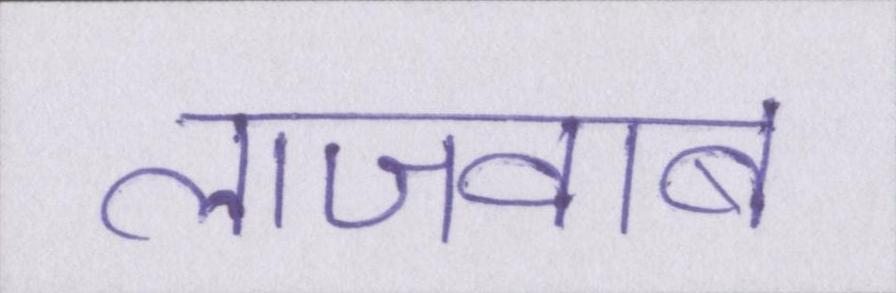
लाजवाब